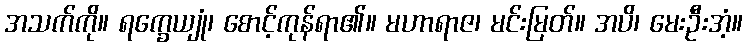
အသက်ကို။ ရက္ခေယျုံ၊ စောင့်ကုန်ရာ၏။ မဟာရာဇ၊ မင်းမြတ်။ အပိ၊ မေးဦးအံ့။